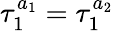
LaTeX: \tau_{1}^{a_{1}}=\tau_{1}^{a_{2}}